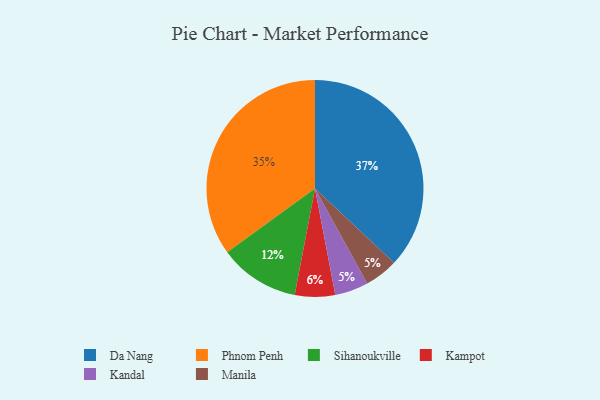
{"axis": {"x": "Category", "y": "Percentage"}, "legend": ["Da Nang", "Kampot", "Kandal", "Manila", "Phnom Penh", "Sihanoukville"], "data": [{"x": "Kampot", "y": 6, "type": "Kampot"}, {"x": "Kandal", "y": 5, "type": "Kandal"}, {"x": "Phnom Penh", "y": 35, "type": "Phnom Penh"}, {"x": "Sihanoukville", "y": 12, "type": "Sihanoukville"}, {"x": "Manila", "y": 5, "type": "Manila"}, {"x": "Da Nang", "y": 37, "type": "Da Nang"}]}